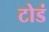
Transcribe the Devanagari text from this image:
टोडं